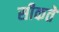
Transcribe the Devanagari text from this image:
सीकते